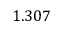
1 . 3 0 7